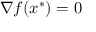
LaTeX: \nabla f ( x ^ { * } ) = 0